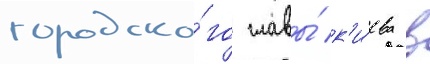
городско́го главы́ к'и́ева в